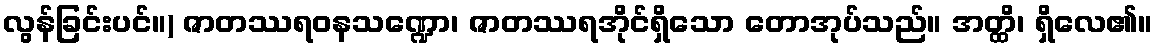
လွန်ခြင်းပင်။) ဇာတဿရဝနသဏ္ဍော၊ ဇာတဿရအိုင်ရှိသော တောအုပ်သည်။ အတ္ထိ၊ ရှိလေ၏။